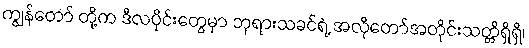
ကျွန်တော် တို့က ဒီလပိုင်းတွေမှာ ဘုရားသခင်ရဲ့ အလိုတော်အတိုင်းသတ္တိရှိရှိ၊